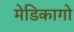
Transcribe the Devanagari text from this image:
मेडिकागो